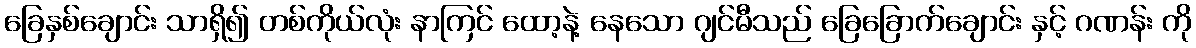
ခြေနှစ်ချောင်း သာရှိ၍ တစ်ကိုယ်လုံး နာကြင် ထော့နဲ့ နေသော ဂျင်မီသည် ခြေခြောက်ချောင်း နှင့် ဂဏန်း ကို